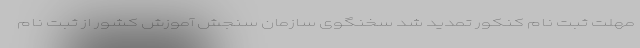
مهلت ثبت نام کنکور تمدید شد سخنگوی سازمان سنجش آموزش کشور از ثبت نام